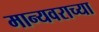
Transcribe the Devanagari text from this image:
मान्यवराच्या